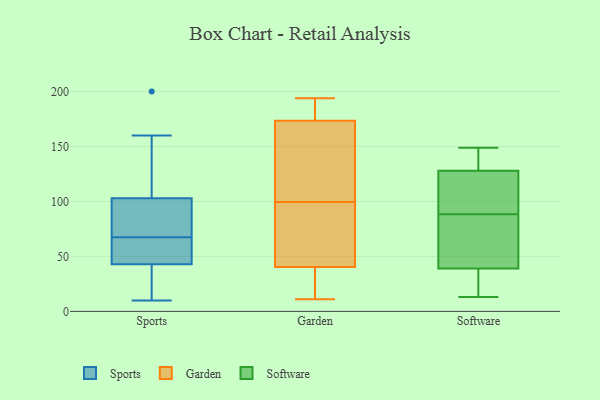
{"axis": {"x": "Population (Million)", "y": "Value"}, "legend": ["Garden", "Software", "Sports"], "data": [{"x": "", "y": 151, "type": "Sports"}, {"x": "", "y": 160, "type": "Sports"}, {"x": "", "y": 10, "type": "Sports"}, {"x": "", "y": 55, "type": "Sports"}, {"x": "", "y": 96, "type": "Sports"}, {"x": "", "y": 130, "type": "Sports"}, {"x": "", "y": 80, "type": "Sports"}, {"x": "", "y": 43, "type": "Sports"}, {"x": "", "y": 43, "type": "Sports"}, {"x": "", "y": 103, "type": "Sports"}, {"x": "", "y": 26, "type": "Sports"}, {"x": "", "y": 85, "type": "Sports"}, {"x": "", "y": 83, "type": "Sports"}, {"x": "", "y": 38, "type": "Sports"}, {"x": "", "y": 45, "type": "Sports"}, {"x": "", "y": 25, "type": "Sports"}, {"x": "", "y": 46, "type": "Sports"}, {"x": "", "y": 200, "type": "Sports"}, {"x": "", "y": 150, "type": "Garden"}, {"x": "", "y": 80, "type": "Garden"}, {"x": "", "y": 194, "type": "Garden"}, {"x": "", "y": 23, "type": "Garden"}, {"x": "", "y": 157, "type": "Garden"}, {"x": "", "y": 118, "type": "Garden"}, {"x": "", "y": 19, "type": "Garden"}, {"x": "", "y": 11, "type": "Garden"}, {"x": "", "y": 58, "type": "Garden"}, {"x": "", "y": 190, "type": "Garden"}, {"x": "", "y": 81, "type": "Garden"}, {"x": "", "y": 193, "type": "Garden"}, {"x": "", "y": 13, "type": "Software"}, {"x": "", "y": 149, "type": "Software"}, {"x": "", "y": 93, "type": "Software"}, {"x": "", "y": 148, "type": "Software"}, {"x": "", "y": 69, "type": "Software"}, {"x": "", "y": 54, "type": "Software"}, {"x": "", "y": 112, "type": "Software"}, {"x": "", "y": 84, "type": "Software"}, {"x": "", "y": 98, "type": "Software"}, {"x": "", "y": 24, "type": "Software"}, {"x": "", "y": 144, "type": "Software"}, {"x": "", "y": 21, "type": "Software"}]}